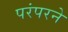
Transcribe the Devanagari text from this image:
परंपरने